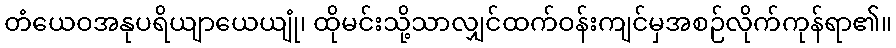
တံယေဝအနုပရိယျာယေယျုံ၊ ထိုမင်းသို့သာလျှင်ထက်ဝန်းကျင်မှအစဉ်လိုက်ကုန်ရာ၏။